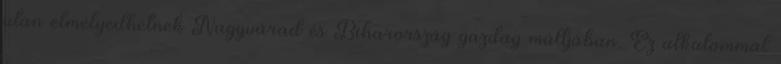
után elmélyedhetnek Nagyvárad és Biharország gazdag múltjában. Ez alkalommal